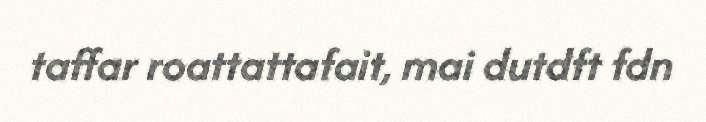
taffar roattattafait, mai dutdft fdn